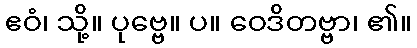
ဧဝံ၊ သို့။ ပုဗ္ဗေ။ ပ။ ဝေဒိတဗ္ဗာ၊ ၏။